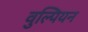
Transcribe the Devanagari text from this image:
वुल्पियन